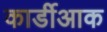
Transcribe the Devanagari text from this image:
कार्डीआक